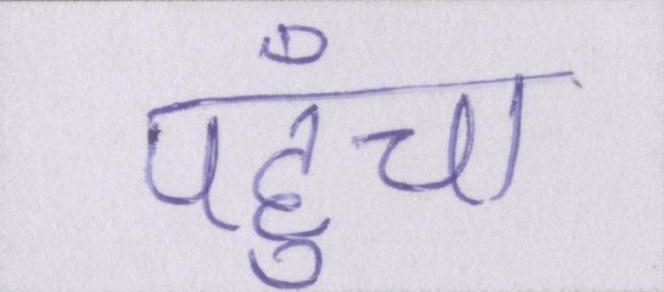
पहुँचा